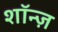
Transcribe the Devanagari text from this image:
शॉन्ज़